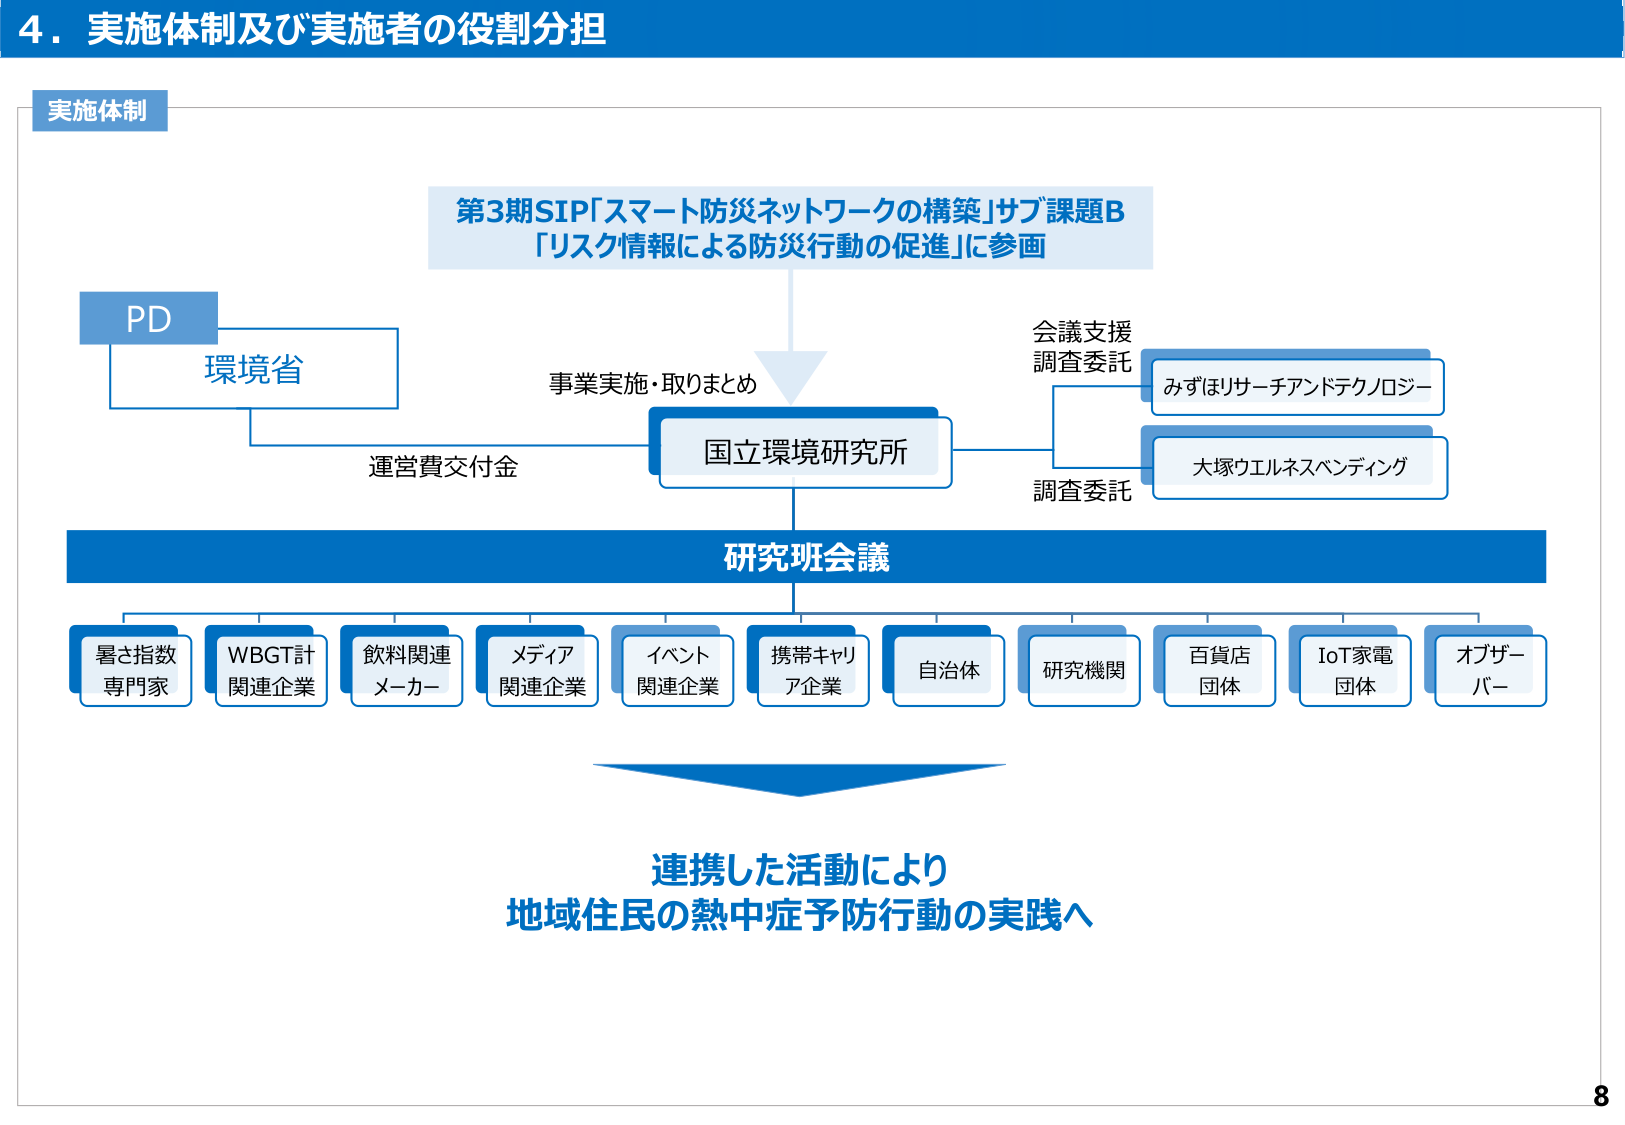
4. 実施体制及び実施者の役割分担

実施体制

第3期SIP「スマート防災ネットワークの構築」サブ課題B
「リスク情報による防災行動の促進」に参画

PD
環境省

事業実施・取りまとめ
国立環境研究所

運営費交付金

会議支援
調査委託
みずほリサーチアンドテクノロジー

調査委託
大塚ウエルネスベンディング

研究班会議

暑さ指数
専門家

WBGT計
関連企業

飲料関連
メーカー

メディア
関連企業

イベント
関連企業

携帯キャリ
ア企業

自治体

研究機関

百貨店
団体

IoT家電
団体

オブザー
バー

連携した活動により
地域住民の熱中症予防行動の実践へ

8